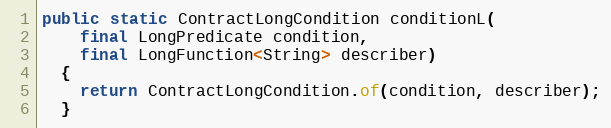
Language: Java
public static ContractLongCondition conditionL(
    final LongPredicate condition,
    final LongFunction<String> describer)
  {
    return ContractLongCondition.of(condition, describer);
  }